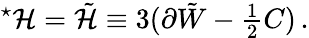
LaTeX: {}^{\star}{\cal H}=\tilde{\cal H}\equiv 3(\partial\tilde{W}-{\textstyle\frac{1}{2}}C)\, .